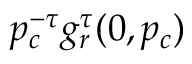
p _ { c } ^ { - \tau } g _ { r } ^ { \tau } ( 0 , p _ { c } )